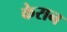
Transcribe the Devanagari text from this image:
केरान